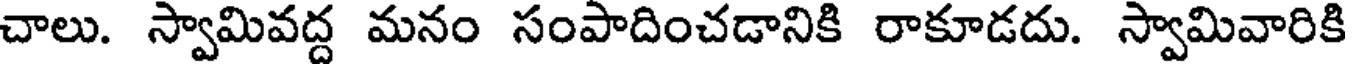
చాలు. స్వామివద్ద మనం సంపాదించడానికి రాకూడదు. స్వామివారికి